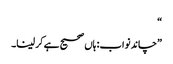
“
”چاند نواب: ہاں صحیح ہے کر لینا۔